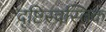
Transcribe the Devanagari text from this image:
दृष्टिस्वस्तिक